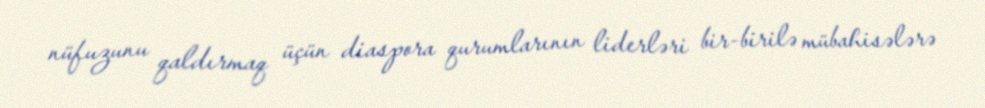
nüfuzunu qaldırmaq üçün diaspora qurumlarının liderləri bir-birilə mübahisələrə